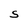
Character: S